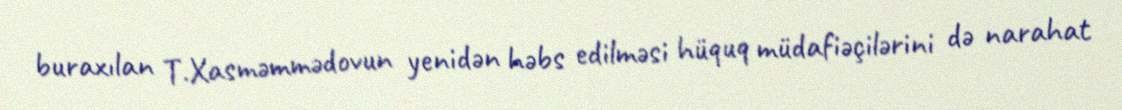
buraxılan T.Xasməmmədovun yenidən həbs edilməsi hüquq müdafiəçilərini də narahat